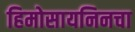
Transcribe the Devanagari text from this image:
हिमोसायनिनचा